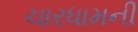
ચારધામની